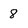
Character: 8